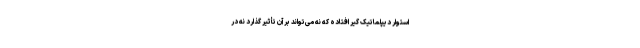
استوار دیپلماتیک گیر افتاده که نه می‌تواند بر آن تأثیر گذارد نه در